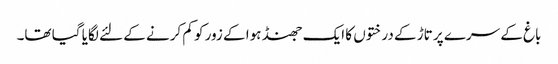
باغ کے سرے پر تاڑ کے درختوں کا ایک جھنڈ ہوا کے زور کو کم کرنے کے لئے لگایا گیا تھا۔